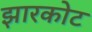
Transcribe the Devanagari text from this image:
झारकोट